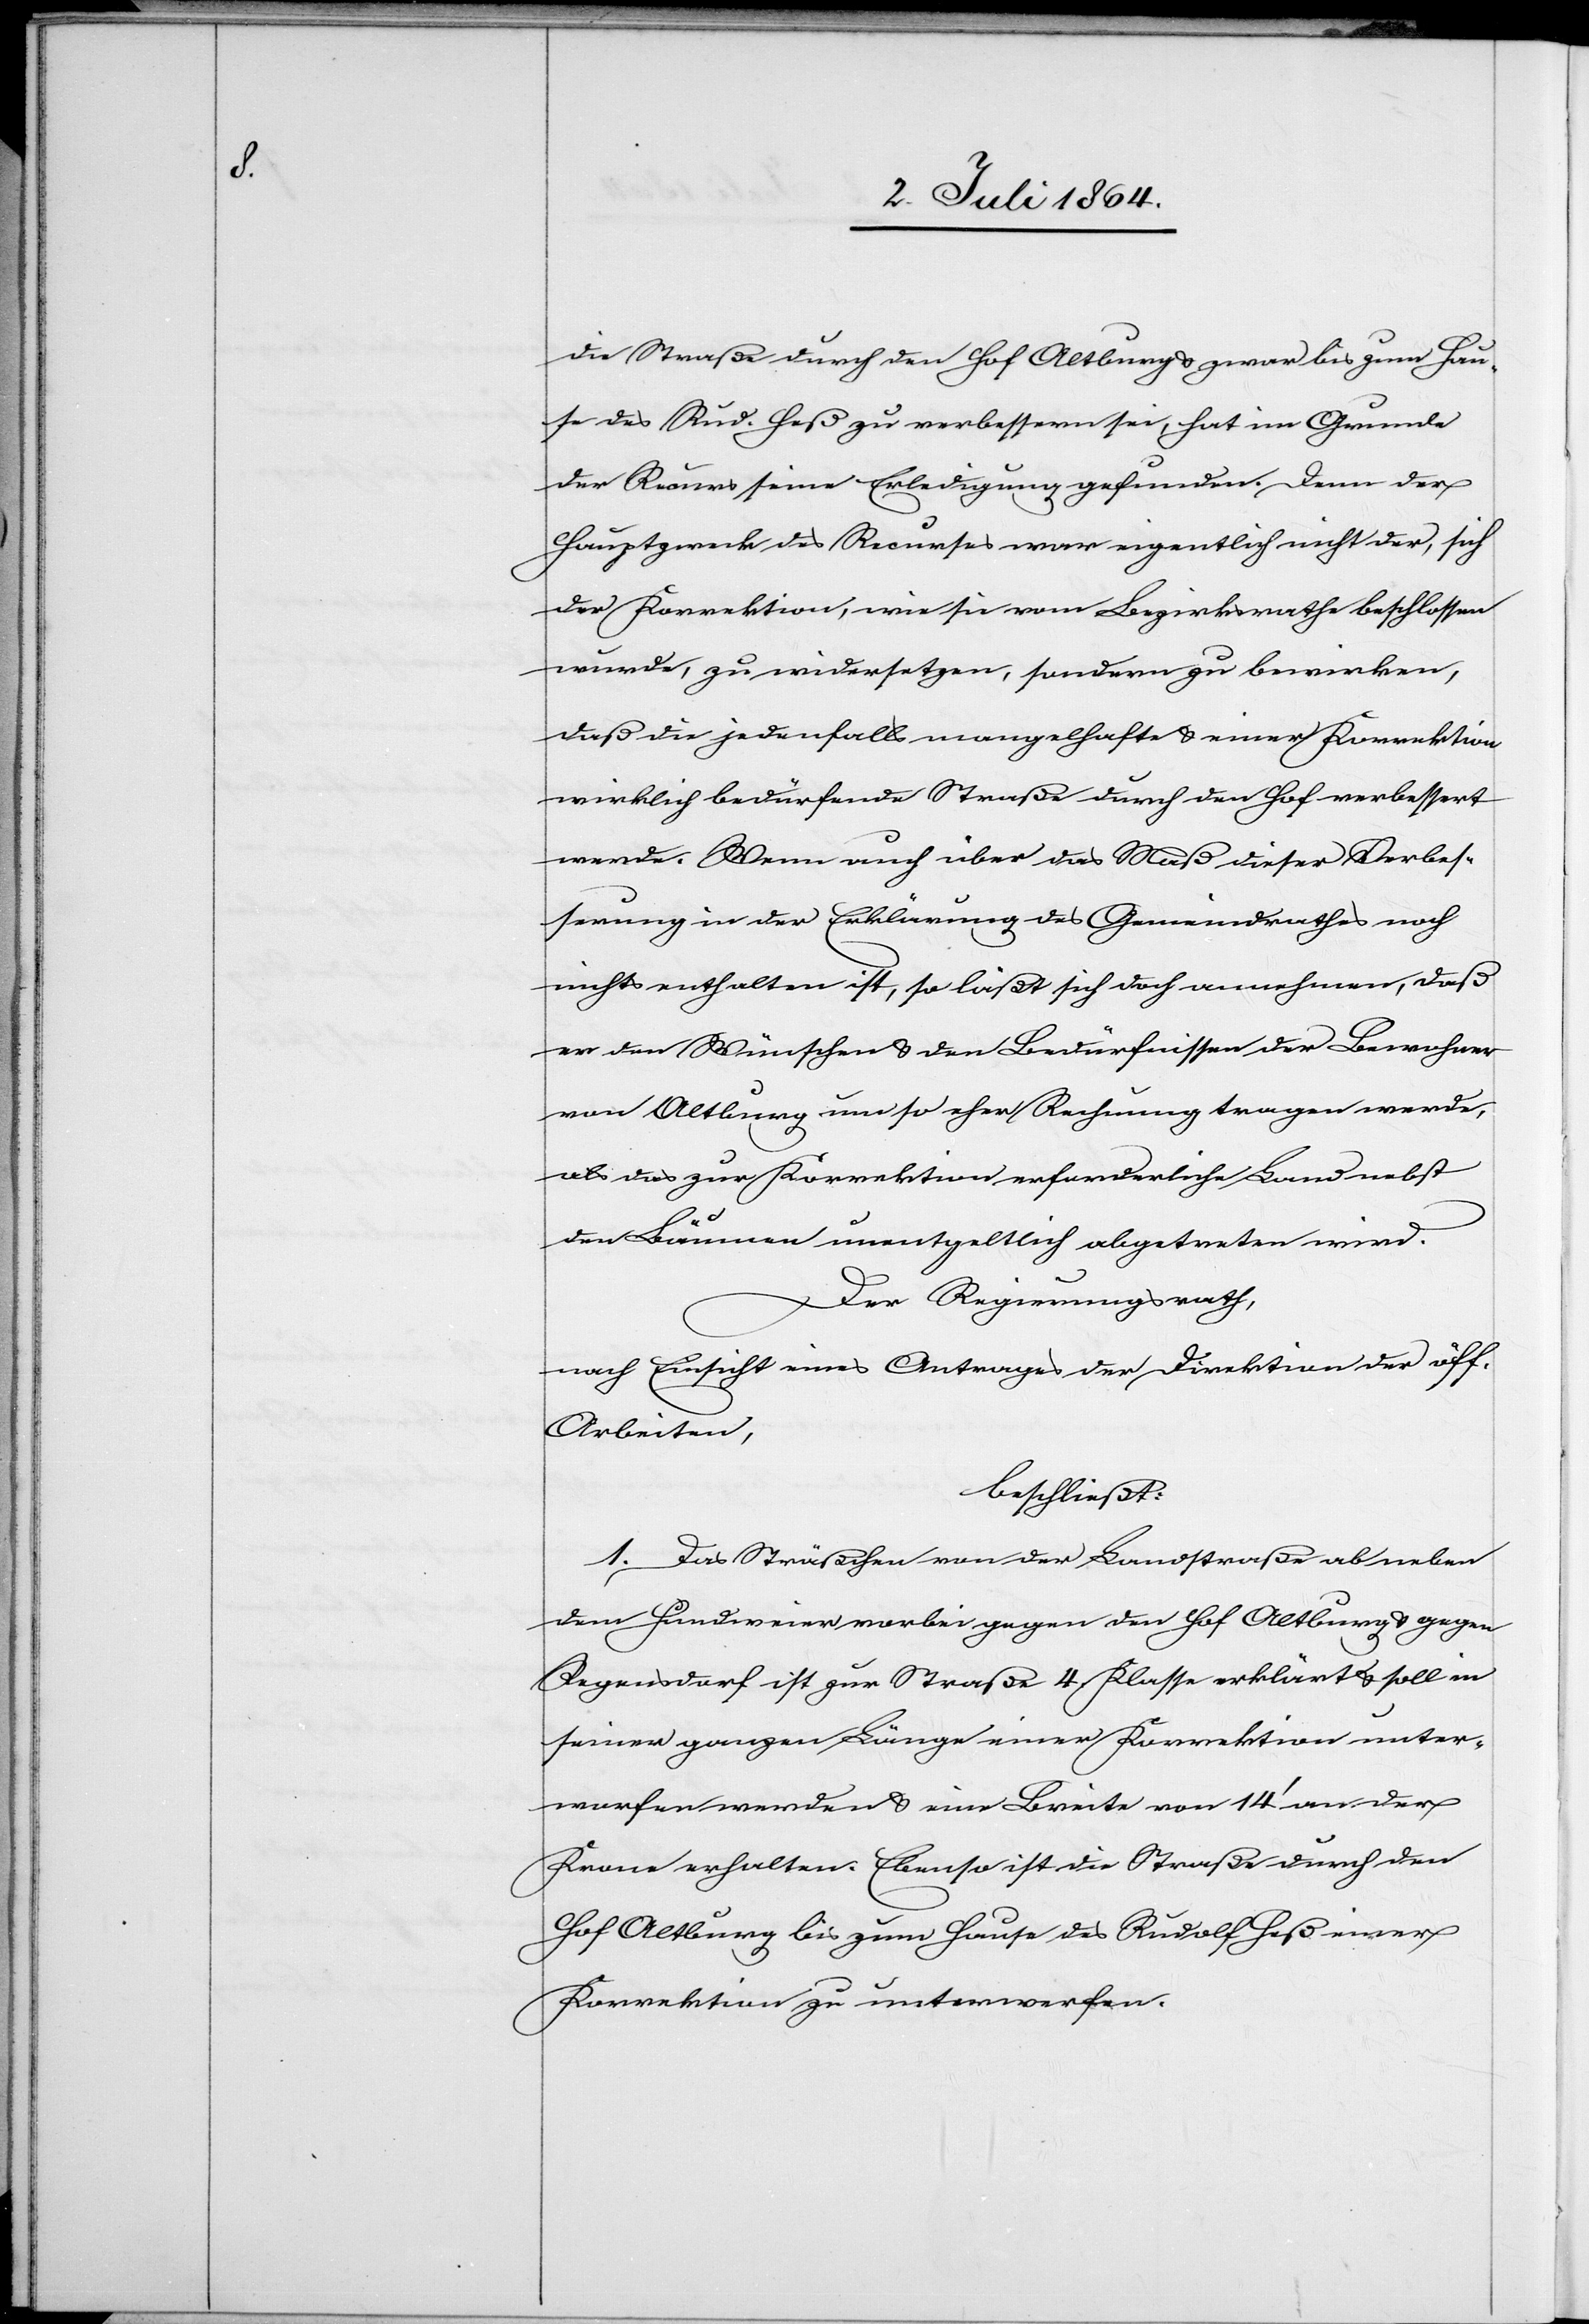
die Straße durch den Hof Altburg u. zwar bis zum Hau¬
se des Rud. Heß zu verbessern sei, hat im Grunde
der Recurs seine Erledigung gefunden. Denn der
Hauptzweck des Recurses war eigentlich nicht der, sich
der Korrektion, wie sie vom Bezirksrathe beschlossen
wurde, zu widersetzen, sondern zu bewirken,
daß die jedenfalls mangelhafte u. einer Korrektion
wirklich bedürfende Straße durch den Hof verbessert
werde. Wenn auch über das Maß dieser Verbes¬
serung in der Erklärung des Gemeindrathes noch
nichts enthalten ist, so läßt sich doch annehmen, daß
er den Wünschen u. den Bedürfnissen der Bewohner
von Altburg um so eher Rechnung tragen werde,
als das zur Korrektion erforderliche Land nebst
den Bäumen unentgeltlich abgetreten wird.
Der Regierungsrath,
nach Einsicht eines Antrages der Direktion der öff.
Arbeiten,
beschließt:
1. Das Sträßchen von der Landstraße ab neben
dem Hundweier vorbei gegen den Hof Altburg u. gegen
Regensdorf ist zur Straße 4. Klasse erklärt u. soll in
seiner ganzen Länge einer Korrektion unter¬
worfen werden u. eine Breite von 14’ an der
Krone erhalten. Ebenso ist die Straße durch den
Hof Altburg bis zum Hause des Rudolf Heß einer
Korrektion zu unterwerfen.